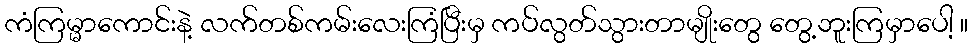
ကံကြမ္မာကောင်းနဲ့ လက်တစ်ကမ်းလေးကြံပြီးမှ ကပ်လွတ်သွားတာမျိုးတွေ တွေ့ဘူးကြမှာပေါ့ ။